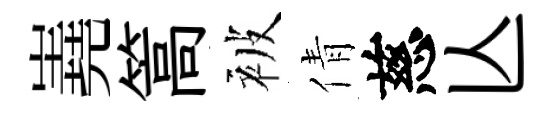
嶤篙被倩慈亾